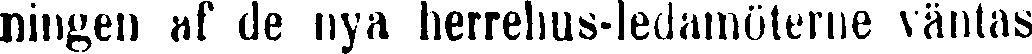
ningen af de nya herrehus-ledamöterne väntas